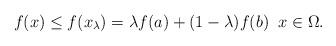
LaTeX: \begin{align*}f(x)\le f(x_{\lambda})=\lambda f(a)+(1-\lambda)f(b)\;\;x\in\Omega.\end{align*}